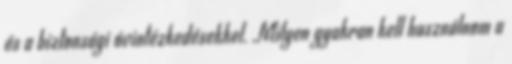
és a biztonsági óvintézkedésekkel. Milyen gyakran kell használnom a